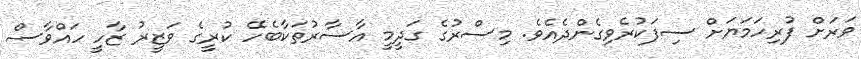
ވަރަށް ފުރިހަމަޔަށް ސިފަކުރެވިގެންދެއެވެ. މިސްރުގެ ގަދީމީ އާސާރުތަކާބެހޭ ކުރީގެ ވަޒީރު ޒާހީ ހައްވާސް